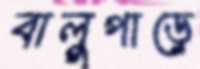
বালুপাড়ে